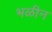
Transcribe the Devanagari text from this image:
भळीन